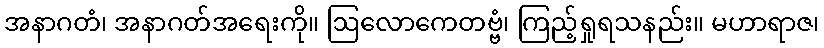
အနာဂတံ၊ အနာဂတ်အရေးကို။ ဩလောကေတဗ္ဗံ၊ ကြည့်ရှုရသနည်း။ မဟာရာဇ၊